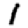
Digit: 1